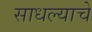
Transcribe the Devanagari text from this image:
साधल्याचे